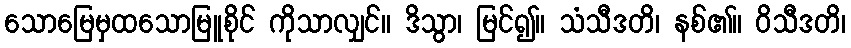
သောမြေမှထသောမြူစိုင် ကိုသာလျှင်။ ဒိသွာ၊ မြင်၍။ သံသီဒတိ၊ နစ်၏။ ဝိသီဒတိ၊